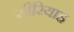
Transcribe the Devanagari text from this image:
सीरियाह